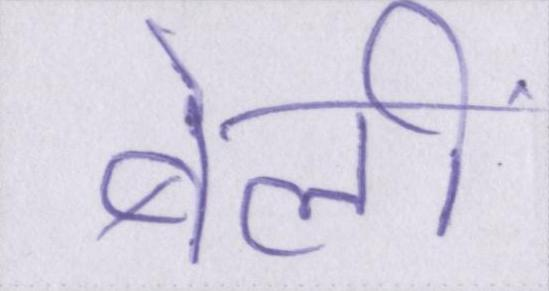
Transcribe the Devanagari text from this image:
बेलीं